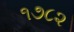
૧૭૮૨